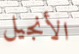
الأنجيل